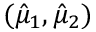
( \hat { \mu } _ { 1 } , \hat { \mu } _ { 2 } )